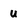
Character: U